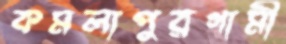
কমলাপুরগামী